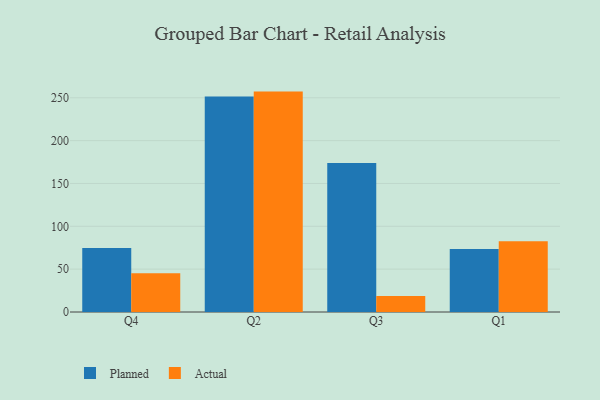
{"axis": {"x": "Quarter", "y": "Operating Costs (USD K)"}, "legend": ["Actual", "Planned"], "data": [{"x": "Q4", "y": 74.7, "type": "Planned"}, {"x": "Q4", "y": 45.1, "type": "Actual"}, {"x": "Q2", "y": 251.5, "type": "Planned"}, {"x": "Q2", "y": 257.2, "type": "Actual"}, {"x": "Q3", "y": 174.0, "type": "Planned"}, {"x": "Q3", "y": 18.7, "type": "Actual"}, {"x": "Q1", "y": 73.6, "type": "Planned"}, {"x": "Q1", "y": 82.5, "type": "Actual"}]}